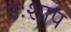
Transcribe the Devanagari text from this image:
उःशाप